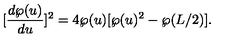
[ \frac { d \wp ( u ) } { d u } ] ^ { 2 } = 4 \wp ( u ) [ \wp ( u ) ^ { 2 } - \wp ( L / 2 ) ] .